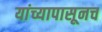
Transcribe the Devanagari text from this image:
यांच्यापासूनच